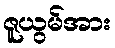
ဇူယွမ်အား